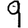
Digit: 9